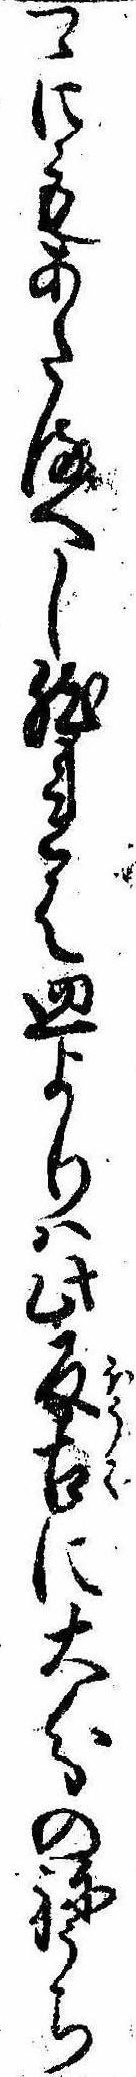
つゝにもあたるへし然れは皿よりは此反古に大分のねうち